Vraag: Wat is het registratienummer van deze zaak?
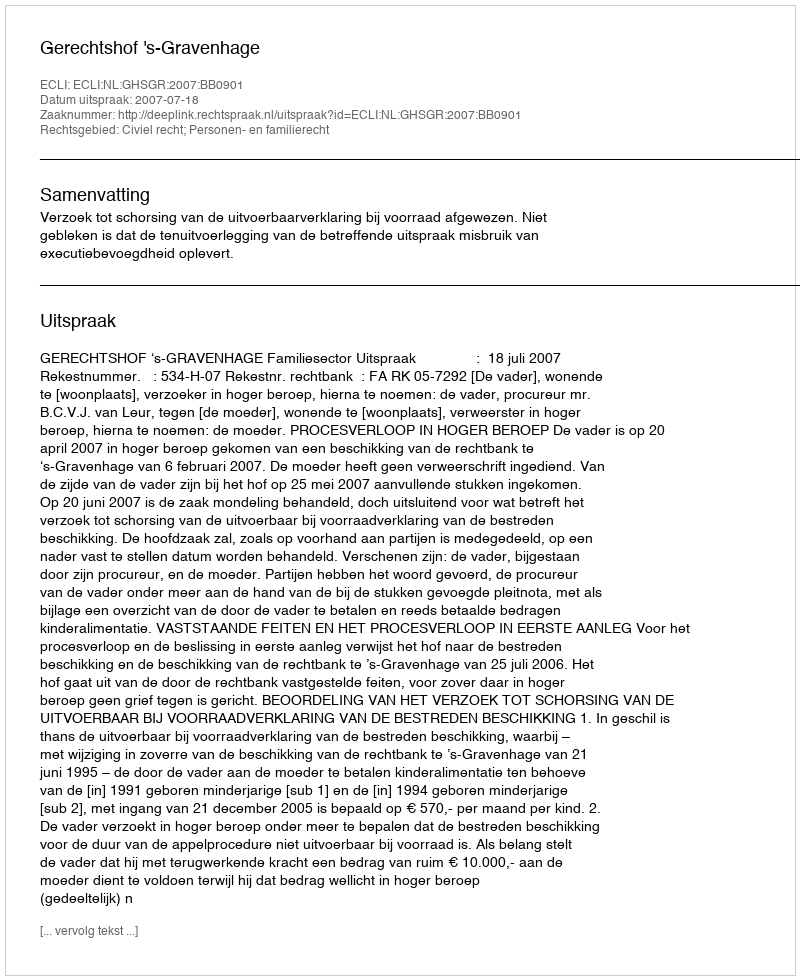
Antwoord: http://deeplink.rechtspraak.nl/uitspraak?id=ECLI:NL:GHSGR:2007:BB0901